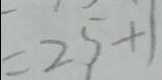
= 2 5 + 1